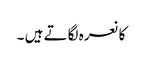
کا نعرہ لگاتے ہیں ۔